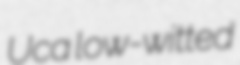
Uca low-witted